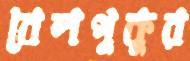
বেলপুকুর